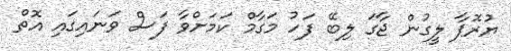
ޔުރޮޕާ ލީގުން ޖާގަ ލިބޭ ފަހު މަގާމް ކަމަށްވާ ފަސް ވަނައިގައި އޮތް